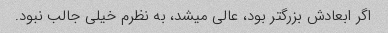
اگر ابعادش بزرگتر بود، عالی میشد، به نظرم خیلی جالب نبود.